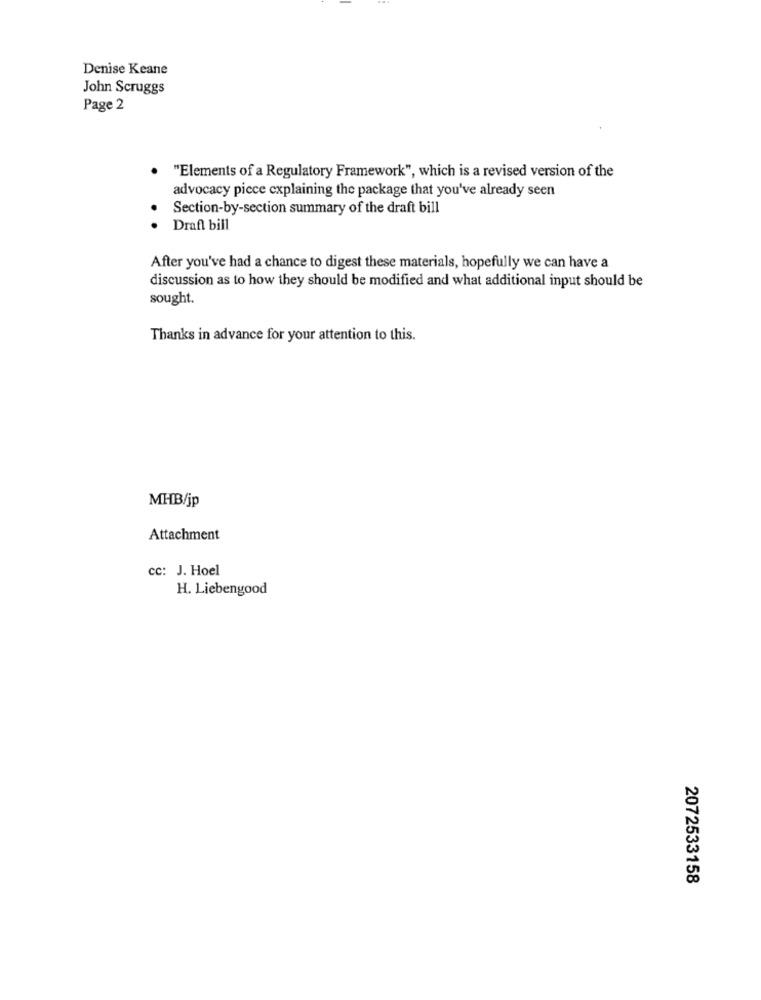
Denise Keane
John Scruggs
Page 2
"Elements of a Regulatory Framework", which is a revised version of the
advocacy piece explaining the package that you've already seen
Section-by-section summary of the draft bill
.
Draft bill
After you've had a chance to digest these materials, hopefully we can have a
discussion as to how they should be modified and what additional input should be
sought.
Thanks in advance for your attention to this.
MHB/jp
Attachment
cc: J. Hoel
H. Liebengood
2072533158